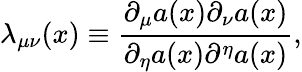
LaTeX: {\lambda}_{{\mu}{\nu}}(x)\equiv\frac{{\partial}_{\mu}a(x){\partial}_{\nu}a(x)}{{\partial}_{\eta}a(x){\partial}^{\eta}a(x)},